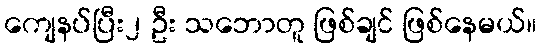
ကျေနပ်ပြီး၂ ဦး သဘောတူ ဖြစ်ချင် ဖြစ်နေမယ်။